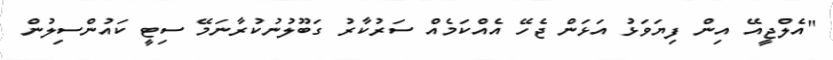
"އެލްޖީއޭ އިން ފިޔަވަޅު އަޅަން ޖެހޭ އެއްކަމެއް ސަރުކާރު ގަބޫލުނުކުރާނަމޭ ސިޓީ ކައުންސިލުން